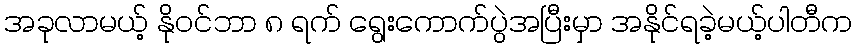
အခုလာမယ့် နိုဝင်ဘာ ၈ ရက် ရွေးကောက်ပွဲအပြီးမှာ အနိုင်ရခဲ့မယ့်ပါတီက